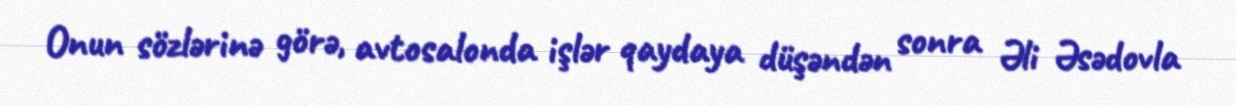
Onun sözlərinə görə, avtosalonda işlər qaydaya düşəndən sonra Əli Əsədovla